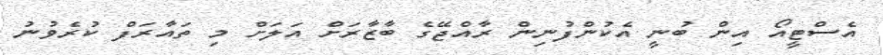
އެސްޓީއޯ އިން ބުނީ އެކުންފުނިން ރާއްޖޭގެ ބާޒާރަށް އަލަށް މި ތައާރަފް ކުރެވުނު